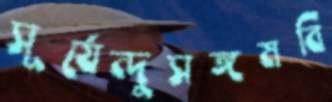
সূর্যেন্দুসঙ্গমবি